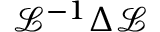
\mathcal { L } ^ { - 1 } \Delta \mathcal { L }